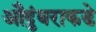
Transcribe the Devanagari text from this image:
औदुंबराकडे